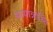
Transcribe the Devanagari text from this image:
सत्यान्नास्ति